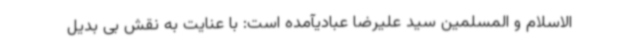
الاسلام و المسلمین سید علیرضا عبادیآمده است: با عنایت به نقش بی بدیل